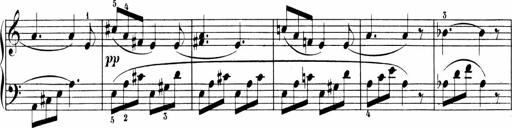
Title: 6 Sonatinas
Composer: Carl Reinecke